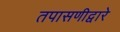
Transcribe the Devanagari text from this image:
तपासणीद्वारे